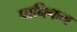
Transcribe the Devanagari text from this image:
पानिकम